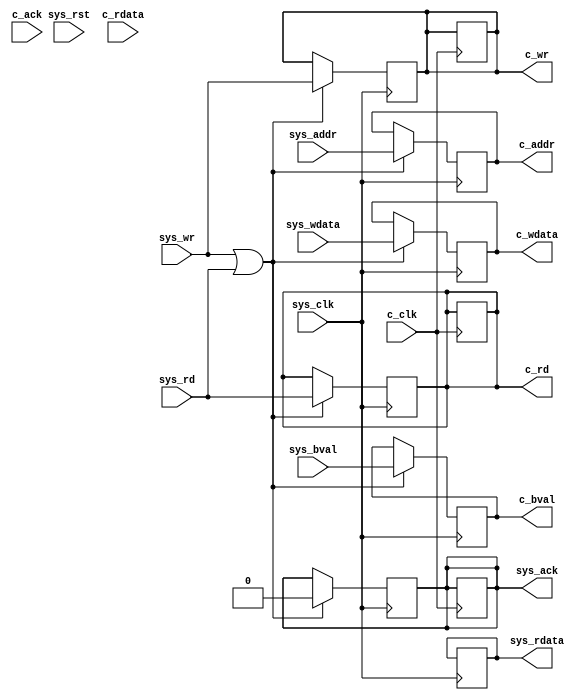
`timescale 1ns / 1ps
//////////////////////////////////////////////////////////////////////////////////
// Company: 
// Engineer: 
// 
// Design Name: 
// Module Name: cpu_if
// Project Name: 
// Target Devices: 
// Tool Versions: 
// Description: 
// 
// Dependencies: 
// 
// Revision:
// Revision 0.01 - File Created
// Additional Comments:
// 
//////////////////////////////////////////////////////////////////////////////////


module cpu_if(
input sys_clk,
input c_clk,
input sys_rst,
input [15:0] sys_addr,
input sys_wr,
input sys_rd,
input [31:0] sys_wdata,
input [3:0] sys_bval,

input [31:0] c_rdata,
input c_ack,

output reg [15:0] c_addr,
output reg c_wr,
output reg c_rd,
output reg [31:0] c_wdata,
output reg [3:0] c_bval,

output reg [31:0] sys_rdata,
output reg sys_ack
    );
    
    localparam IDLE = 'b0;
    localparam EXEC1 = 'b01;
    localparam EXEC2 = 'b10;
    localparam EXEC3 = 'b11;
    
    reg [1:0] state = 0;
    
    
    always @(*) begin
    if (sys_rst == 'b1) begin
        state <= IDLE;
    end
    end
    
    always @(posedge sys_clk) begin
    if (state == IDLE && (sys_wr == 'b1 || sys_rd == 'b1)) begin
        state <= EXEC1;
        sys_ack <= 0;
        c_addr <= sys_addr;
        c_wr <= sys_wr;
        c_rd <= sys_rd;
        c_wdata <= sys_wdata;
        c_bval <= sys_bval;
    end
//    if (state == IDLE && (c_ack == 'b1) && (sys_wr == 'b0 || sys_rd == 'b0)) begin
//        state <= IDLE;
//        sys_ack <= c_ack;
//        sys_rdata <= c_rdata;
//    end
    if (state == EXEC3 && (c_ack == 'b1)) begin
        state <= IDLE;
        sys_ack <= c_ack;
        sys_rdata <= c_rdata;
    end
    end
    
    always @(posedge c_clk) begin
    if (state == EXEC1 && c_ack == 'b0) begin
        state <= EXEC2;
        sys_ack <= c_ack;
        c_wr <= 'b0;
        c_rd <= 'b0;
    end
    if (state == EXEC2 ) begin
        state <= EXEC3;
        c_wr <= 'b0;
        c_rd <= 'b0;
//        c_wr <= 'b0;
//        c_rd <= 'b0;
//        sys_ack <= c_ack;
//        sys_rdata <= c_rdata;
    end
    end
    
endmodule